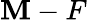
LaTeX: \mathbf{M}-F